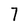
Character: 7